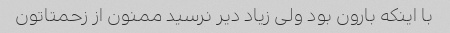
با اینکه بارون بود ولی زیاد دیر نرسید ممنون از زحمتاتون